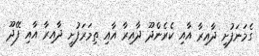
ގެމަނަފުށި ދާއިރާ އާއި ކެރެންދޫ ދާއިރާ އާއި ތިމަރަފުށީ ދާއިރާ އާއި ފޭދޫ